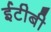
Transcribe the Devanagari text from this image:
ईटीबी